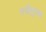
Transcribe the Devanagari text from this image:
स्त्रीपुरूष